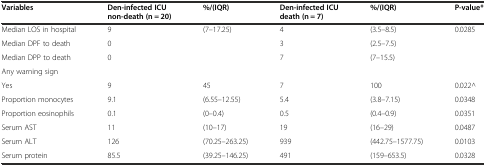
<table><thead><tr><td><b>Variables</b></td><td><b>Den-infected ICU non-death (n = 20)</b></td><td><b>%/(IQR)</b></td><td><b>Den-infected ICU death (n = 7)</b></td><td><b>%/(IQR)</b></td><td><b>P-value*</b></td></tr></thead><tbody><tr><td>Median LOS in hospital</td><td>9</td><td>(7–17.25)</td><td>4</td><td>(3.5–8.5)</td><td>0.0285</td></tr><tr><td>Median DPF to death</td><td>0</td><td></td><td>3</td><td>(2.5–7.5)</td><td></td></tr><tr><td>Median DPP to death</td><td>0</td><td></td><td>7</td><td>(7–15.5)</td><td></td></tr><tr><td>Any warning sign</td><td></td><td></td><td></td><td></td><td></td></tr><tr><td>Yes</td><td>9</td><td>45</td><td>7</td><td>100</td><td>0.022^</td></tr><tr><td>Proportion monocytes</td><td>9.1</td><td>(6.55–12.55)</td><td>5.4</td><td>(3.8–7.15)</td><td>0.0348</td></tr><tr><td>Proportion eosinophils</td><td>0.1</td><td>(0–0.4)</td><td>0.5</td><td>(0.4–0.9)</td><td>0.0351</td></tr><tr><td>Serum AST</td><td>11</td><td>(10–17)</td><td>19</td><td>(16–29)</td><td>0.0487</td></tr><tr><td>Serum ALT</td><td>126</td><td>(70.25–263.25)</td><td>939</td><td>(442.75–1577.75)</td><td>0.0103</td></tr><tr><td>Serum protein</td><td>85.5</td><td>(39.25–146.25)</td><td>491</td><td>(159–653.5)</td><td>0.0328</td></tr></tbody></table>